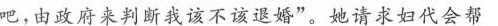
吧，由政府来判断我该不该退婚”。她请求妇代会帮